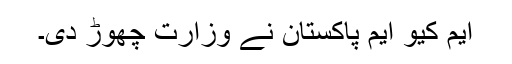
ایم کیو ایم پاکستان نے وزارت چھوڑ دی۔